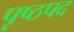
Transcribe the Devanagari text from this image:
पृष्ठपद